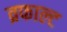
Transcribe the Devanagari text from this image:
व्रफाल्ट